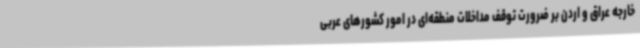
خارجه عراق و اردن بر ضرورت توقف مداخلات منطقه‌ای در امور کشورهای عربی